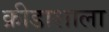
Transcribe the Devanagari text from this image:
क्रीडाशाला